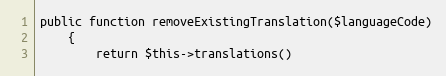
Language: PHP
public function removeExistingTranslation($languageCode)
    {
        return $this->translations()